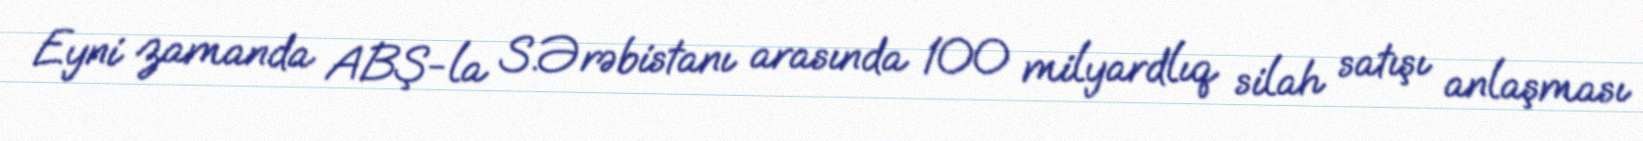
Eyni zamanda ABŞ-la S.Ərəbistanı arasında 100 milyardlıq silah satışı anlaşması